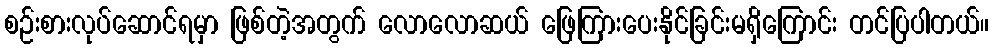
စဉ်းစားလုပ်ဆောင်ရမှာ ဖြစ်တဲ့အတွက် လောလောဆယ် ဖြေကြားပေးနိုင်ခြင်းမရှိကြောင်း တင်ပြပါတယ်။